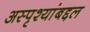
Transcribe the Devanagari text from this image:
अस्पृश्यांबद्दल